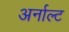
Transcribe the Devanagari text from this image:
अर्नाल्ट